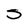
Character: s